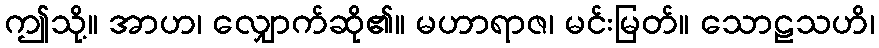
ဤသို့။ အာဟ၊ လျှောက်ဆို၏။ မဟာရာဇ၊ မင်းမြတ်။ သောဠသဟိ၊